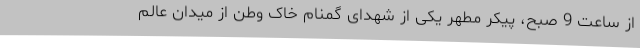
از ساعت 9 صبح، پیکر مطهر یکی از شهدای گمنام خاک وطن از میدان عالم